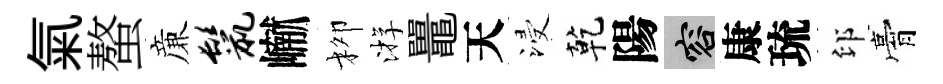
氣螯亷鬣𪩘柳㳺鼉天浸乾陽容康琉印膏